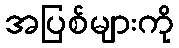
အပြစ်များကို